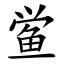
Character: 鲎